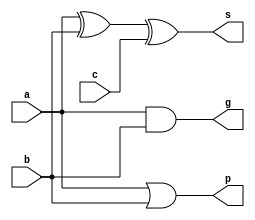
module Add1 (
  input a,
  input b,
  input c,
  output p,
  output g,
  output s
);
  assign p = a | b;
  assign g = a & b;
  assign s = a ^ b ^ c;
endmodule

module CLA4 (
  input [3:0] P,
  input [3:0] G,
  input C_in,
  output [4:1] Ci,
  output Pm, Gm
);
  assign Ci[1] = G[0] | P[0] & C_in;
  assign Ci[2] = G[1] | P[1] & G[0] | P[1] & P[0] & C_in;
  assign Ci[3] = G[2] | P[2] & G[1] | P[2] & P[1] & G[0] | P[2] & P[1] & P[0] & C_in;
  assign Ci[4] = G[3] | P[3] & G[2] | P[3] & P[2] & G[1] | P[3] & P[2] & P[1] & G[0] | P[3] & P[2] & P[1] & P[0] & C_in;

  assign Pm = P[0] & P[1] & P[2] & P[3];
  assign Gm = G[3] | P[3] & G[2] | P[3] & P[2] & G[1] | P[3] & P[2] & P[1] & G[0];
endmodule

module Add4 (
  input   [3:0] a,
  input   [3:0] b,
  input       C_in,
  output  [3:0] S,
  output C_out,
  output Pm, Gm
);
  wire [4:0] c;
  wire [3:0] p;
  wire [3:0] g;

  assign c[0] = C_in;
  genvar i;
  generate
    for (i = 0; i <= 3; i = i + 1) begin: Add4
      Add1 ui(a[i], b[i], c[i], p[i], g[i], S[i]);
    end
  endgenerate

  CLA4 cla (
    .P(p),
    .G(g),
    .C_in(C_in),
    .Ci(c[4:1]),
    .Pm(Pm),
    .Gm(Gm)
  );
  assign C_out = c[4];
endmodule

module Add16 (
  input   [15:0] a,
  input   [15:0] b,
  input       C_in,
  output  [15:0] S,
  output      C_out,
  output      Pm, Gm
);  
  wire [4:0] c;
  wire [3:0] P;
  wire [3:0] G;

  assign c[0] = C_in;
  genvar i;
  generate
    for (i = 0; i < 16; i = i + 4) begin: ite
      Add4 ui (
        .a(a[i + 3 : i]),
        .b(b[i + 3 : i]),
        .C_in(c[i / 4]),
        .S(S[i + 3 : i]),
        .Gm(G[i / 4]),
        .Pm(P[i / 4])
      );
    end
  endgenerate

  CLA4 cla(
    .P(P),
    .G(G),
    .C_in(C_in),
    .Ci(c[4:1]),
    .Pm(Pm),
    .Gm(Gm)
  );
  assign C_out = c[4];
endmodule

module Add32 (
  input [31:0] a,
  input [31:0] b,
  output reg [31:0] sum
);
  wire [1:0] P;
  wire [1:0] G;
  wire [31:0] S;
  
  Add16 u1 (
    .a(a[15:0]),
    .b(b[15:0]),
    .C_in(1'b0),
    .S(S[15:0]),
    .Pm(P[0]),
    .Gm(G[0])
  );

  Add16 u2 (
    .a(a[31:16]),
    .b(b[31:16]),
    .C_in(G[0]),
    .S(S[31:16]),
    .Pm(P[1]),
    .Gm(G[1])
  );

  always @(S) begin
    # 1 sum = S;
  end
endmodule